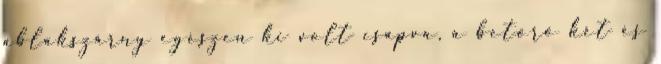
ablakszárny egészen ki volt csapva, a betörő két és